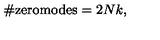
\# \mathrm { z e r o m o d e s } = 2 N k ,